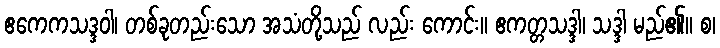
ဧကေကသဒ္ဒဝါ၊ တစ်ခုတည်းသော အသံတို့သည် လည်း ကောင်း။ ဧကတ္တသဒ္ဒါ၊ သဒ္ဒါ မည်၏။ စ၊